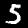
Label: 5